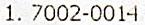
1. 7002-0014